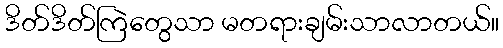
ဒိတ်ဒိတ်ကြဲတွေသာ မတရားချမ်းသာလာတယ်။